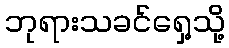
ဘုရားသခင်ရှေ့သို့